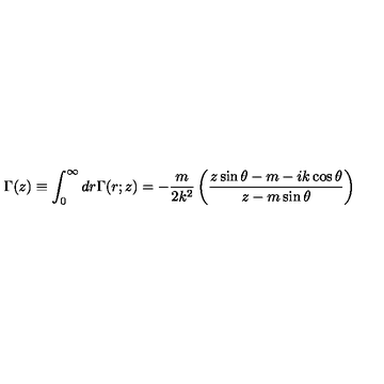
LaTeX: \Gamma ( z ) \equiv \int _ { 0 } ^ { \infty } d r \Gamma ( r ; z ) = - \frac { m } { 2 k ^ { 2 } } \left( { \frac { z \sin \theta - m - i k \cos \theta } { z - m \sin \theta } } \right)